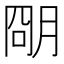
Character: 𬚽